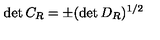
\det { C _ { R } } = \pm ( \det { D _ { R } } ) ^ { 1 / 2 }